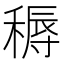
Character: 䅶